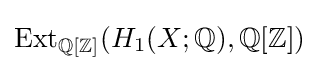
\operatorname {Ext} _{\mathbb {Q} [\mathbb {Z} ]}(H_{1}(X;\mathbb {Q} ),\mathbb {Q} [\mathbb {Z} ])